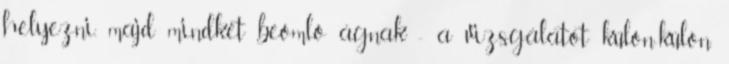
helyezni, majd mindkét beömlõ ágnak - a vizsgálatot külön-külön